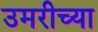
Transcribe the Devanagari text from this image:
उमरीच्या